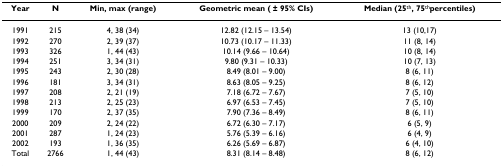
| Year | N | Min, max (range) | Geometric mean ( ± 95% CIs) | Median (25th, 75thpercentiles) |
 | --- | --- | --- | --- | --- |
 | 1991 | 215 | 4, 38 (34) | 12.82 (12.15 – 13.54) | 13 (10,17) |
 | 1992 | 270 | 2, 39 (37) | 10.73 (10.17 – 11.33) | 11 (8, 14) |
 | 1993 | 326 | 1, 44 (43) | 10.14 (9.66 – 10.64) | 10 (8, 14) |
 | 1994 | 251 | 3, 34 (31) | 9.80 (9.31 – 10.33) | 10 (7, 13) |
 | 1995 | 243 | 2, 30 (28) | 8.49 (8.01 – 9.00) | 8 (6, 11) |
 | 1996 | 181 | 3, 34 (31) | 8.63 (8.05 – 9.25) | 8 (6, 12) |
 | 1997 | 208 | 2, 21 (19) | 7.18 (6.72 – 7.67) | 7 (5, 10) |
 | 1998 | 213 | 2, 25 (23) | 6.97 (6.53 – 7.45) | 7 (5, 10) |
 | 1999 | 170 | 2, 37 (35) | 7.90 (7.36 – 8.49) | 8 (6, 11) |
 | 2000 | 209 | 2, 24 (22) | 6.72 (6.30 – 7.17) | 6 (5, 9) |
 | 2001 | 287 | 1, 24 (23) | 5.76 (5.39 – 6.16) | 6 (4, 9) |
 | 2002 | 193 | 1, 36 (35) | 6.26 (5.69 – 6.87) | 6 (4, 10) |
 | Total | 2766 | 1, 44 (43) | 8.31 (8.14 – 8.48) | 8 (6, 12) |